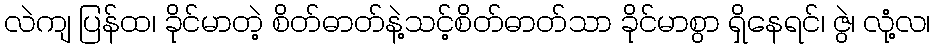
လဲကျ ပြန်ထ၊ ခိုင်မာတဲ့ စိတ်ဓာတ်နဲ့သင့်စိတ်ဓာတ်သာ ခိုင်မာစွာ ရှိနေရင်၊ ဇွဲ၊ လုံ့လ၊